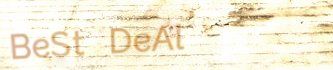
BeSt DeAl